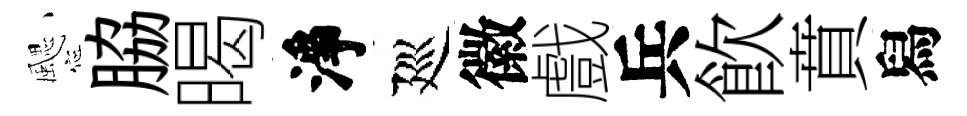
颸脇暍淨廵徽戲兵飮賁舄